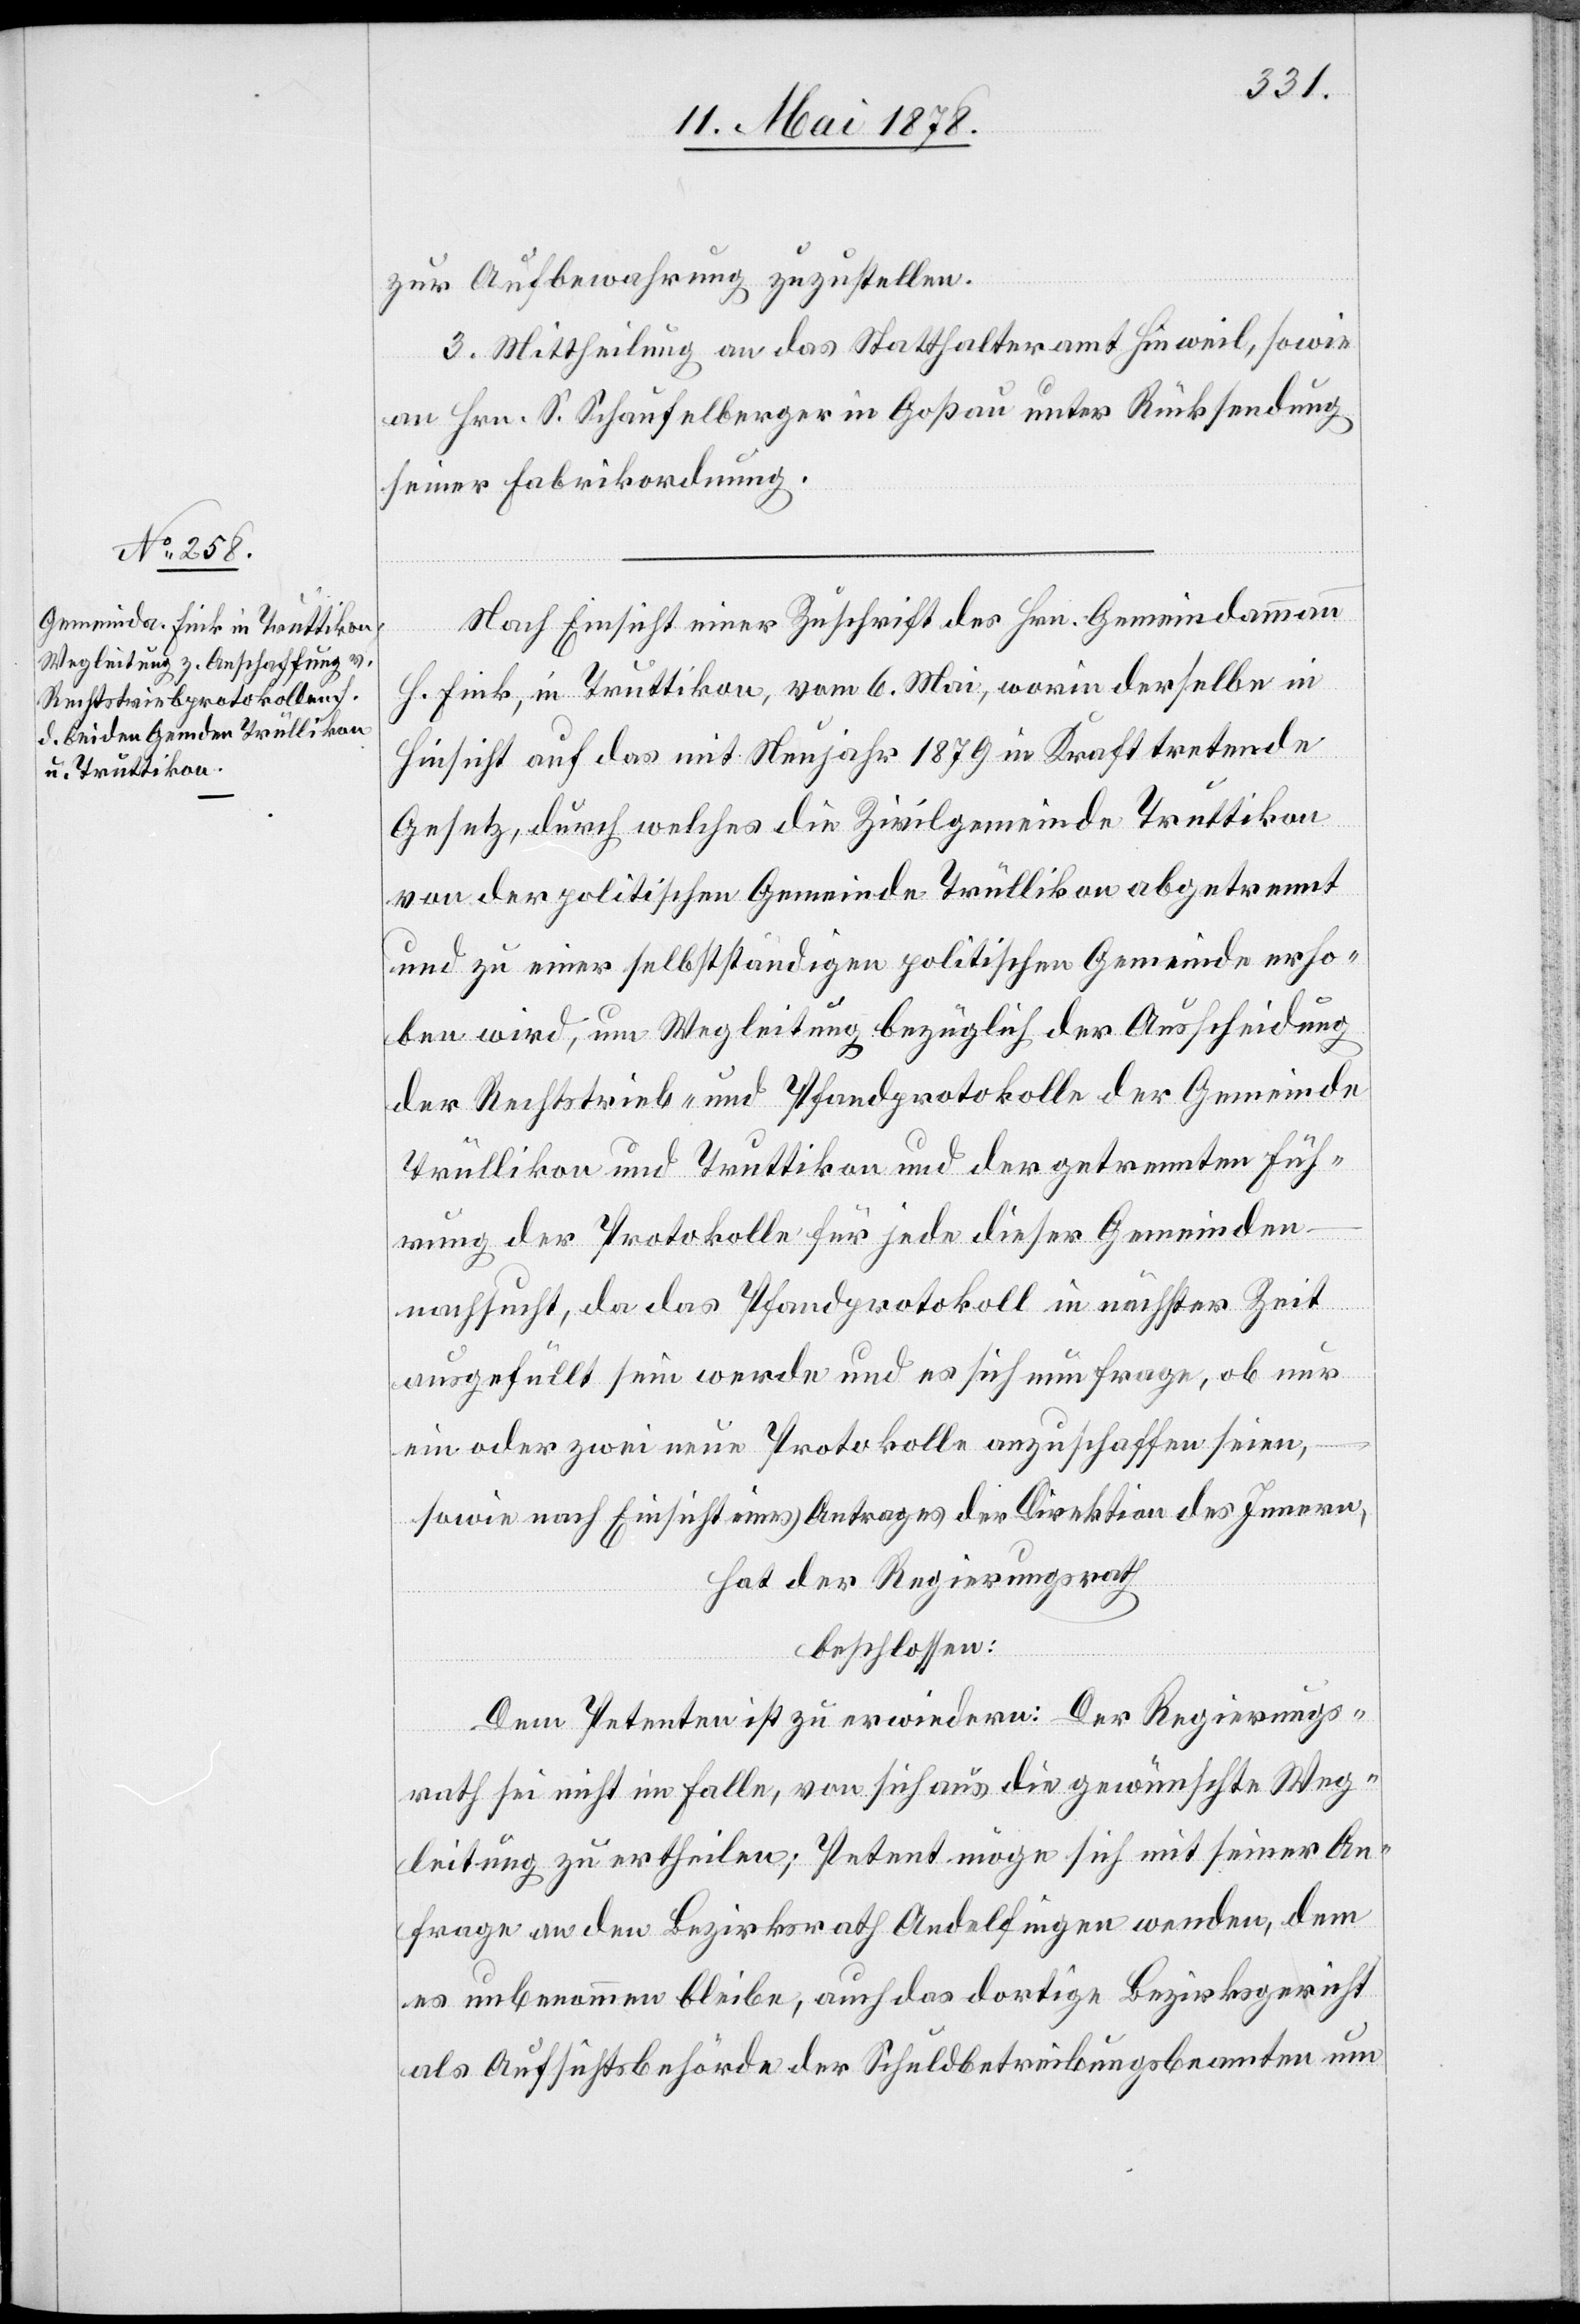
zur Aufbewahrung zuzustellen.
3. Mittheilung an das Statthalteramt Hinweil, sowie
an Hrn. S. Schaufelberger in Goßau unter Rücksendung
seiner Fabrikordnung.
Nach Einsicht einer Zuschrift des Hrn. Gemeindammann
H. Fink, in Truttikon, vom 6. Mai, worin derselbe in
Hinsicht auf das mit Neujahr 1879 in Kraft tretende
Gesetz, durch welches die Zivilgemeinde Truttikon
von der politischen Gemeinde Trüllikon abgetrennt
und zu einer selbstständigen politischen Gemeinde erho¬
ben wird, um Wegleitung bezüglich der Ausscheidung
der Rechtstrieb- und Pfandprotokolle der Gemeinde
Trüllikon und Truttikon und der getrennten Füh¬
rung der Protokolle für jede dieser Gemeinden
nachsucht, da das Pfandprotokoll in nächster Zeit
ausgefüllt sein werde und es sich nun frage, ob nur
ein oder zwei neue Protokolle anzuschaffen seien,
sowie nach Einsicht eines Antrages der Direktion des Innern,
hat der Regierungsrath
beschlossen:
Dem Petenten ist zu erwiedern: Der Regierungs¬
rath sei nicht im Falle, von sich aus die gewünschte Weg¬
leitung zu ertheilen; Petent möge sich mit seiner An¬
frage an den Bezirksrath Andelfingen wenden, dem
es unbenommen bleibe, auch das dortige Bezirksgericht
als Aufsichtsbehörde der Schuldbetreibungsbeamten um